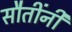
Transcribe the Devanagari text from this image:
सौतींनी